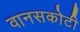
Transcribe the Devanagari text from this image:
वानसकोटी